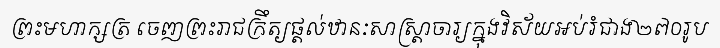
ព្រះមហាក្សត្រ ចេញព្រះរាជក្រឹត្យផ្តល់ឋានៈសាស្ត្រាចារ្យក្នុងវិស័យអប់រំជាង២៧០រូប